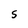
Character: S